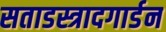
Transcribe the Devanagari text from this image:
सताडस्त्रादगार्डन